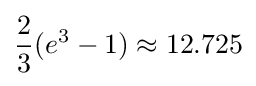
{\frac {2}{3}}(e^{3}-1)\approx 12.725